Annual report of the Punjab Veterinary College and of the Civil Veterinary Department, Punjab - 1926-1932
Year: 1926
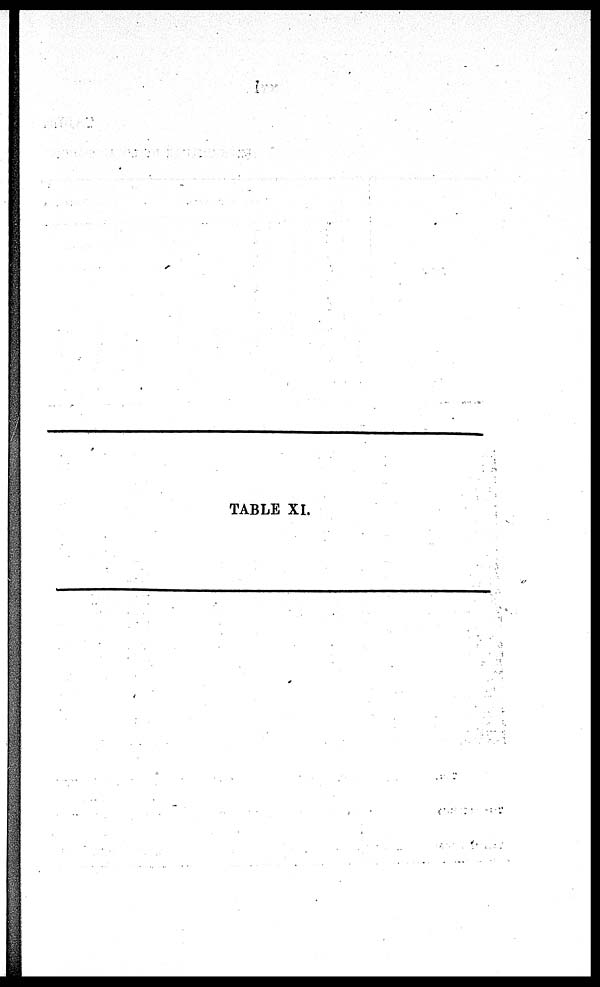
TABLE XI.